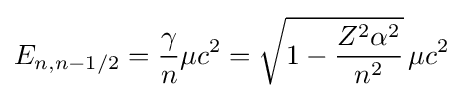
E_{n,n-1/2}={\frac {\gamma }{n}}\mu c^{2}={\sqrt {1-{\frac {Z^{2}\alpha ^{2}}{n^{2}}}}}\,\mu c^{2}